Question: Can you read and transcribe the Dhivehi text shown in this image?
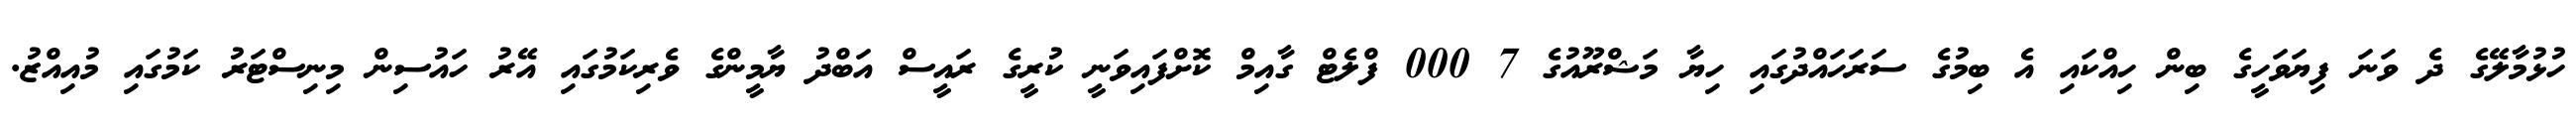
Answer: ހުޅުމާލޭގެ ދެ ވަނަ ފިޔަވަހީގެ ބިން ހިއްކައި އެ ބިމުގެ ސަރަހައްދުގައި ހިޔާ މަޝްރޫއުގެ 7 000 ފްލެޓް ގާއިމް ކޮށްފައިވަނީ ކުރީގެ ރައީސް އަބްދު ޔާމީންގެ ވެރިކަމުގައި އޭރު ހައުސިން މިނިސްޓަރު ކަމުގައި މުއިއްޒު.